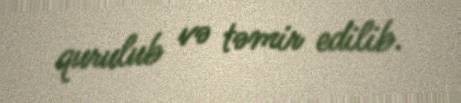
qurulub və təmir edilib.